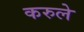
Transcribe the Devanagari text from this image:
करुले